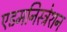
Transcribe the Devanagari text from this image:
एडमनिस्ट्रेशन